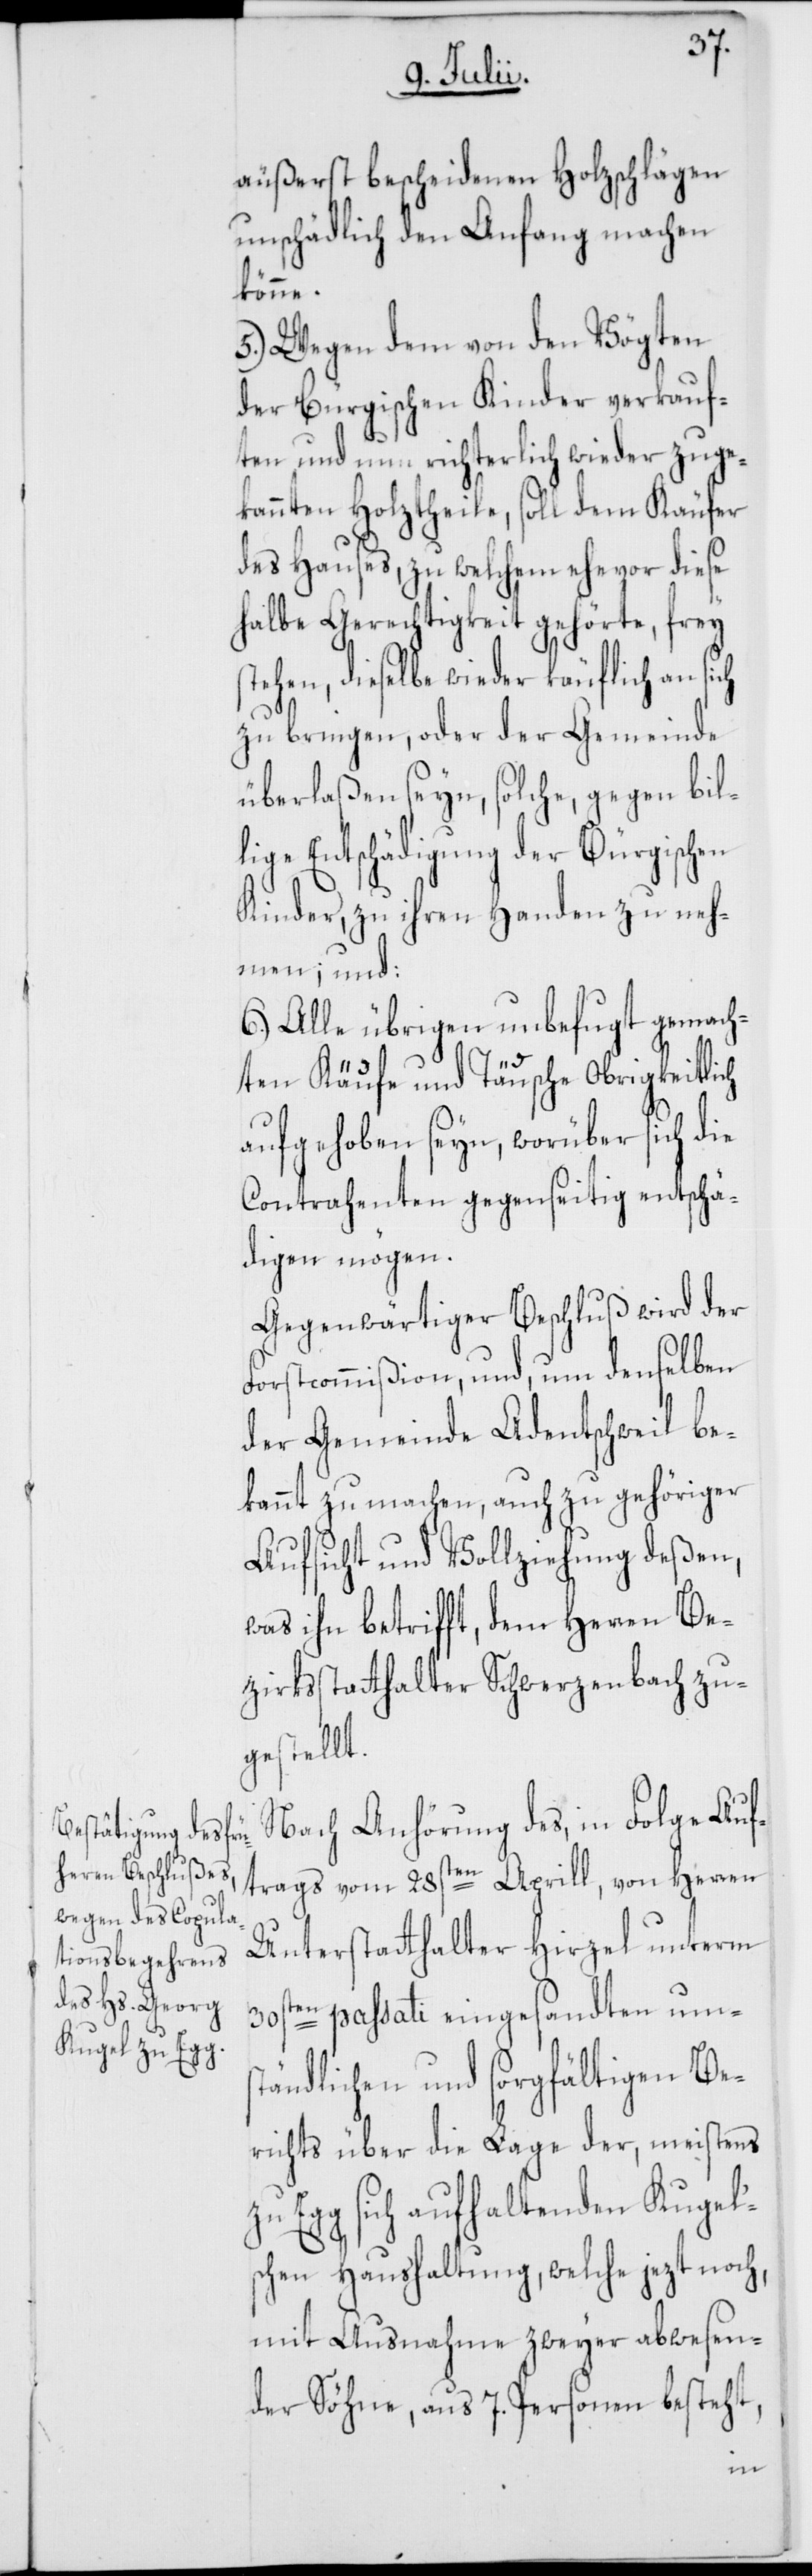
äußerst bescheidenen Holzschlägen
unschädlich den Anfang machen
könne.
5.) Wegen dem von den Vögten
der Bürgischen Kinder verkauf¬
ten und richterlich wieder zuge¬
kannten Holztheile, soll dem Käufer
des Hauses, zu welchem ehevor diese
halbe Gerechtigkeit gehörte, frey
tehen, dieselbe wieder käuflich an sich
zu bringen, oder der Gemeinde
überlaßen seyn, solche, gegen bil¬
lige Entschädigung der Bürgischen
s¬
Kinder, zu ihren Handen zu neh¬
men; und:
6.) Alle übrigen unbefugt gemach¬
ten Käufe und Täusche Obrigkeitlich
aufgehoben seyn, worüber sich die
Contrahenten gegenseitig entschä¬
digen mögen.
Gegenwärtiger Beschluß wird der
Forstcommißion, und, um denselben
der Gemeinde Adentschweil be¬
kannt zu machen, auch zu gehöriger
Aufsicht und Vollziehung deßen,
was ihn betrifft, dem Herren Be¬
zirksstatthalter Schwerzenbach zu¬
gestellt.
Nach Anhörung des, in Folge Auf¬
trags vom 28sten Aprill, von Herren
Unterstatthalter Hirzel unterm
30sten passati eingesandten ums¬
tändlichen und sorgfältigen Be¬
richts über die Lage der, meistens
Egg sich aufhaltenden Kugel's¬
chen Haushaltung, welche jezt noch,
mit Ausnahme zweyer abwesen¬
der Söhne, aus 7. Personen besteht,